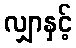
လျှာနှင့်